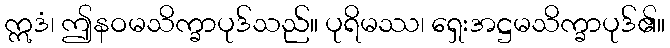
ဣဒံ၊ ဤနဝမသိက္ခာပုဒ်သည်။ ပုရိမဿ၊ ရှေးအဋ္ဌမသိက္ခာပုဒ်၏။